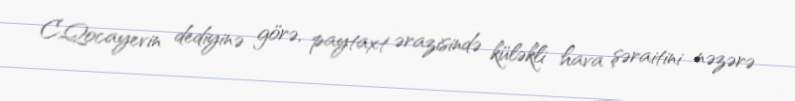
C.Qocayevin dediyinə görə, paytaxt ərazisində küləkli hava şəraitini nəzərə